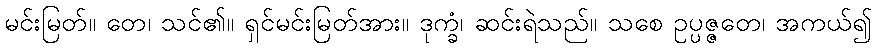
မင်းမြတ်။ တေ၊ သင်၏။ ရှင်မင်းမြတ်အား။ ဒုက္ခံ၊ ဆင်းရဲသည်။ သစေ ဥပ္ပဇ္ဇတေ၊ အကယ်၍